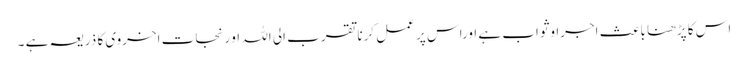
اس کا پڑھنا باعث اجراوثواب ہے اوراس پر عمل کرنا تقرب الی اللہ او رنجاتِ اخروی کا ذریعہ ہے ۔